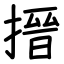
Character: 搢